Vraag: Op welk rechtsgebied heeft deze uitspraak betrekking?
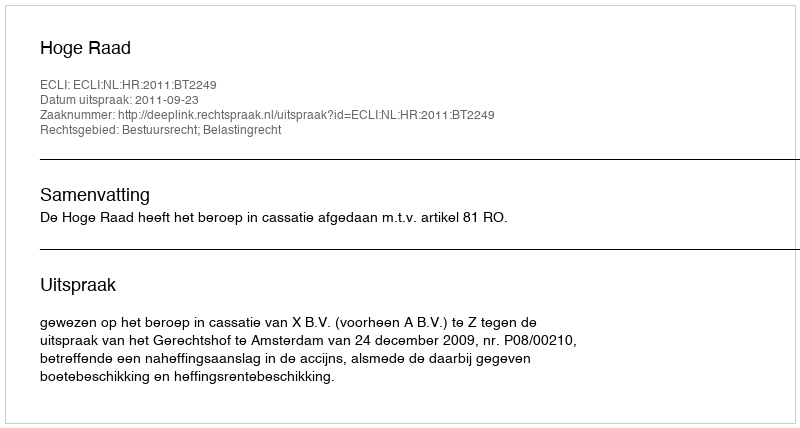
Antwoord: Bestuursrecht; Belastingrecht